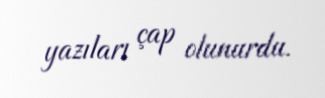
yazıları çap olunurdu.